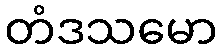
တံဒသမော